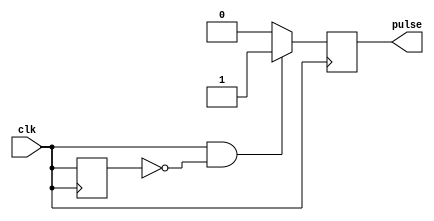
module RisingEdgePulseGenerator (
    input wire clk,
    output reg pulse
);

reg previous_clk;

always @ (posedge clk)
begin
    if (clk && !previous_clk)
    begin
        pulse <= 1'b1;
    end
    else
    begin
        pulse <= 1'b0;
    end
    previous_clk <= clk;
end

endmodule